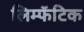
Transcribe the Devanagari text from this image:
लिम्फॅटिक